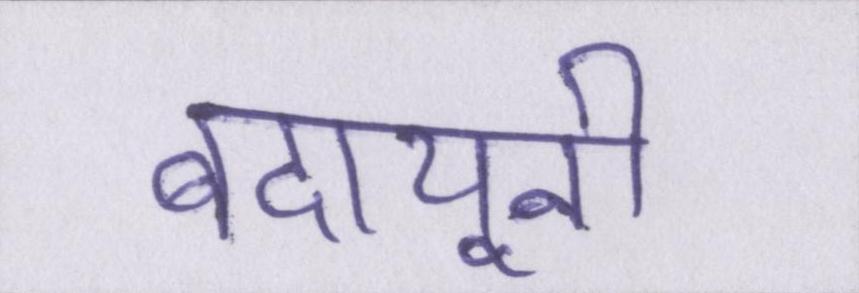
बदायूनी